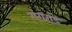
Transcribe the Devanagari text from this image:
गंगराड़े